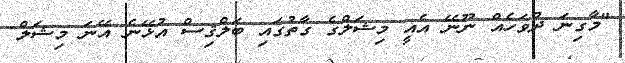
"މާގިނަ ދުވަހެއް ނޫނޭ އެއީ މިޝަލްގެ ގާތުގައި ބަލްޤިސް އުޅޭނެ އޭނަ މިޝަލް